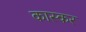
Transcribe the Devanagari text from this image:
कास्कर